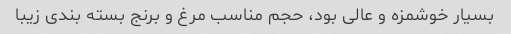
بسیار خوشمزه و عالی بود، حجم مناسب مرغ و برنج بسته بندی زیبا